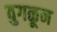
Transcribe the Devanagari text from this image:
वुगळून